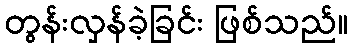
တွန်းလှန်ခဲ့ခြင်း ဖြစ်သည်။